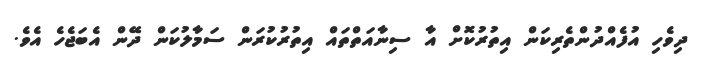
ދިވެހި އުފެއްދުންތެރިކަން އިތުރުކޮށް އާ ސިނާއަތްތައް އިތުރުކުރަން ސަމާލުކަން ދޭން އެބަޖެހެ އެވެ.